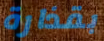
بقذارة